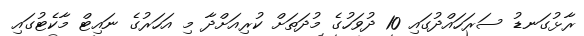
ރާޅުގަނޑު ސަރަހައްދުގައި 10 ދުވަހުގެ މުދަތަށް ކުރިއަށްދާ މި އަހަރުގެ ނައިޓް މާކެޓުގައި